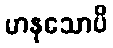
မာနုသောပိ